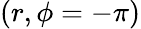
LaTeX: (r,\phi=-\pi)